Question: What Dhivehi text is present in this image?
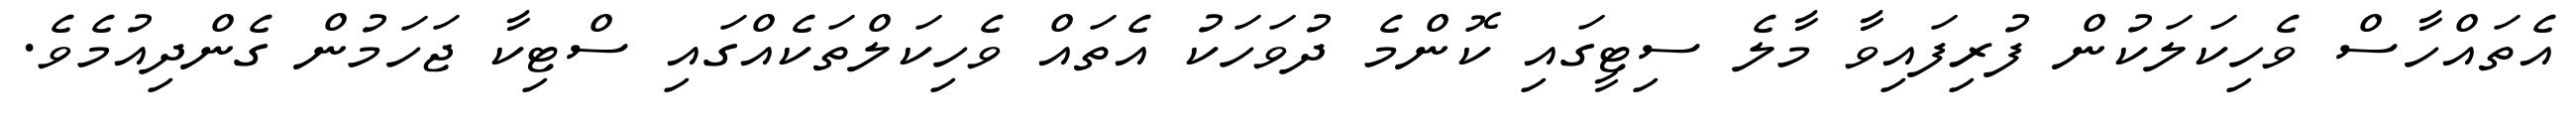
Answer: އެތައްހާސް ވެހިކަލަކުން ފުރިފައިވާ މާލެ ސިޓީގައި ކޮންމެ ދުވަހަކު އެތައް ވެހިކަލްތަކެއްގައި ސްޓިކާ ޖަހަމުން ގެންދިއުމެވެ.